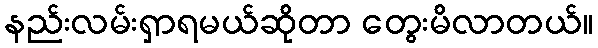
နည်းလမ်းရှာရမယ်ဆိုတာ တွေးမိလာတယ်။